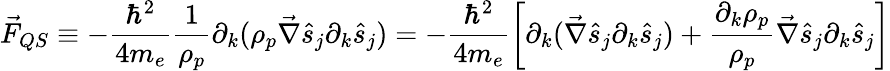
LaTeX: \vec{F}_{QS}\equiv-\frac{\hbar^{2}}{4m_{e}}\frac{1}{\rho_{p}}\partial_{k}(\rho_{p}\vec{\nabla}\hat{s}_{j}\partial_{k}\hat{s}_{j})=-\frac{\hbar^{2}}{4m_{e}}\left[\partial_{k}(\vec{\nabla}\hat{s}_{j}\partial_{k}\hat{s}_{j})+\frac{\partial_{k}\rho_{p}}{\rho_{p}}\vec{\nabla}\hat{s}_{j}\partial_{k}\hat{s}_{j}\right]